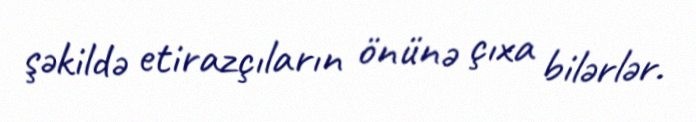
şəkildə etirazçıların önünə çıxa bilərlər.